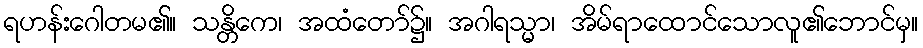
ရဟန်းဂေါတမ၏။ သန္တိကေ၊ အထံတော်၌။ အဂါရသ္မာ၊ အိမ်ရာထောင်သောလူ၏ဘောင်မှ။